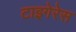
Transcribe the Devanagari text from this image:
टाइगेरेस